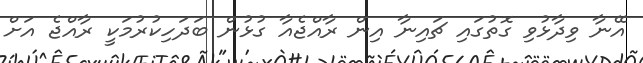
އޭނާ ވިދާޅުވި ގޮތުގައި ޗައިނާ އިން ރާއްޖެއާ ގުޅުން ބަދަހިކުރުމަކީ ރާއްޖެ އަށް